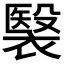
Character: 𧜤